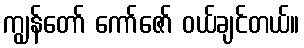
ကျွန်တော် ကော်ဇော် ဝယ်ချင်တယ်။